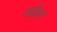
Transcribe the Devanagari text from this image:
चढेल